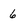
Character: 6